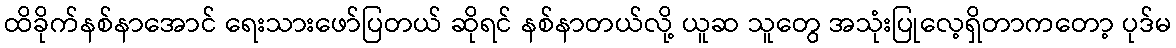
ထိခိုက်နစ်နာအောင် ရေးသားဖော်ပြတယ် ဆိုရင် နစ်နာတယ်လို့ ယူဆ သူတွေ အသုံးပြုလေ့ရှိတာကတော့ ပုဒ်မ